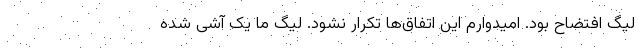
لیگ افتضاح بود. امیدوارم این اتفاق‌ها تکرار نشود. لیگ ما یک آشی شده